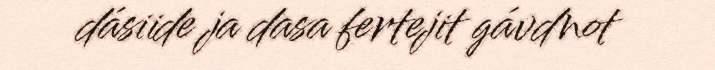
dásiide ja dasa fertejit gávdnot